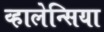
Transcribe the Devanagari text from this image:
व्हालेन्सिया